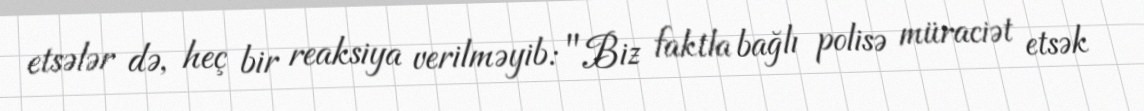
etsələr də, heç bir reaksiya verilməyib: "Biz faktla bağlı polisə müraciət etsək